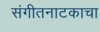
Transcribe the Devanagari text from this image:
संगीतनाटकाचा